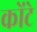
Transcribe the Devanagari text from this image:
कोंटे